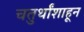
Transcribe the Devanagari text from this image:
चतुर्थांशाहून